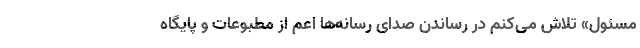
مسئول» تلاش می‌کنم در رساندن صدای رسانه‌ها اعم از مطبوعات و پایگاه